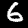
Label: 6